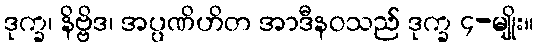
ဒုက္ခ၊ နိဗ္ဗိဒ၊ အပ္ပဏိဟိတ အာဒီနဝသည် ဒုက္ခ ၄-မျိုး။